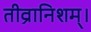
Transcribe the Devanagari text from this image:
तीव्रानिशम्।